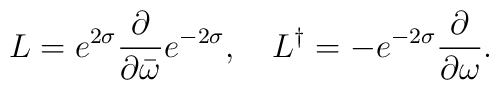
L = e^{2\sigma} \frac{\partial}{\partial\bar{\omega}} e^{-2\sigma},\ \ \ L^{\dag} = - e^{-2\sigma} \frac{\partial}{\partial\omega}.